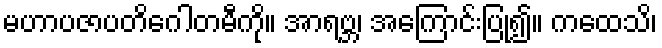
မဟာပဇာပတိဂေါတမီကို။ အာရဗ္ဘ၊ အကြောင်းပြု၍။ ကထေသိ၊